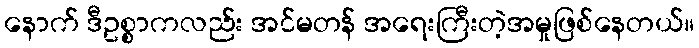
နောက် ဒီဥစ္စာကလည်း အင်မတန် အရေးကြီးတဲ့အမှုဖြစ်နေတယ်။